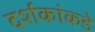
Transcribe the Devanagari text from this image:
दर्शकांकडे